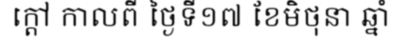
ក្តៅ កាលពី ថ្ងៃទី១៧ ខែមិថុនា ឆ្នាំ